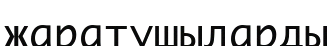
жаратушыларды